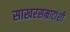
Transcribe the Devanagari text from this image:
साखरसम्राटांशी